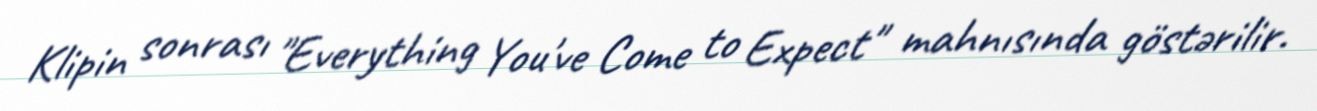
Klipin sonrası "Everything You've Come to Expect" mahnısında göstərilir.